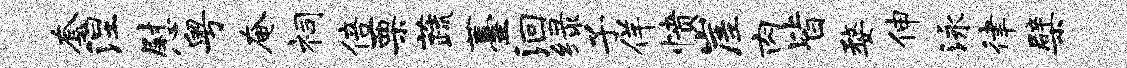
套涅慰粤奄祠倍栗蔬薹洄绿子佯愤崖肉皆婺伸泳律檗